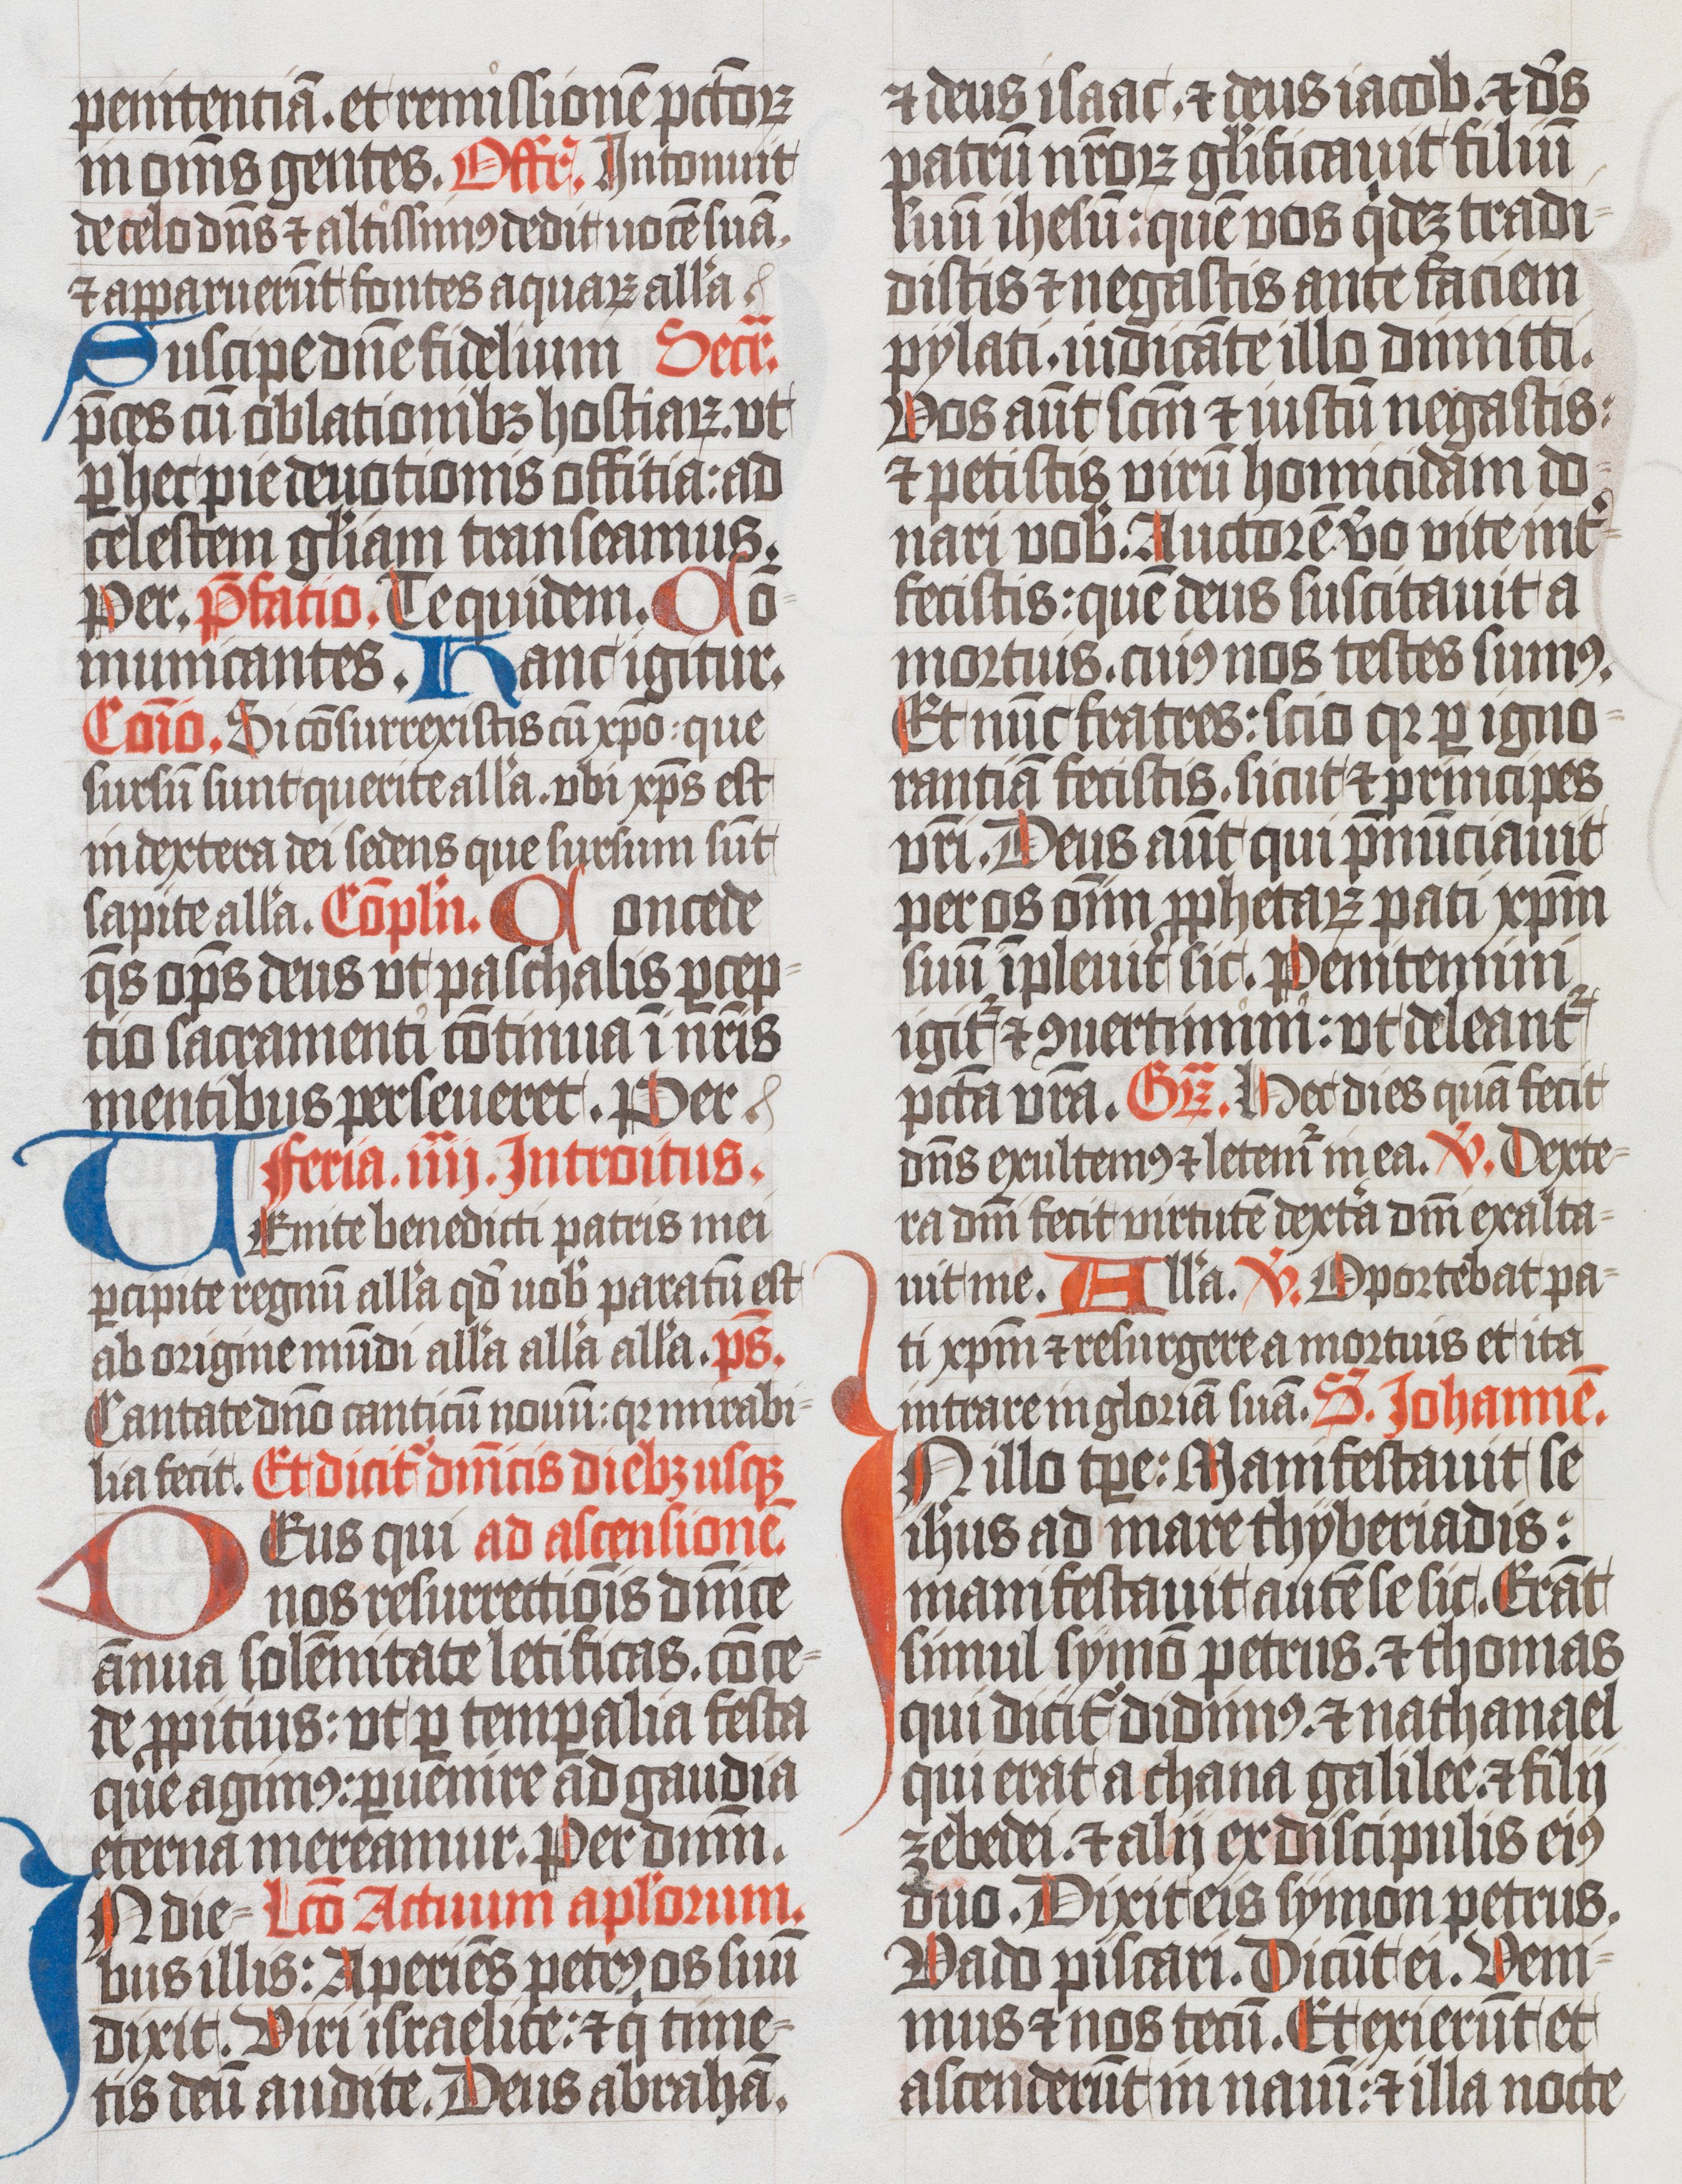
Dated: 1400–1499